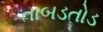
તાબડતોડ